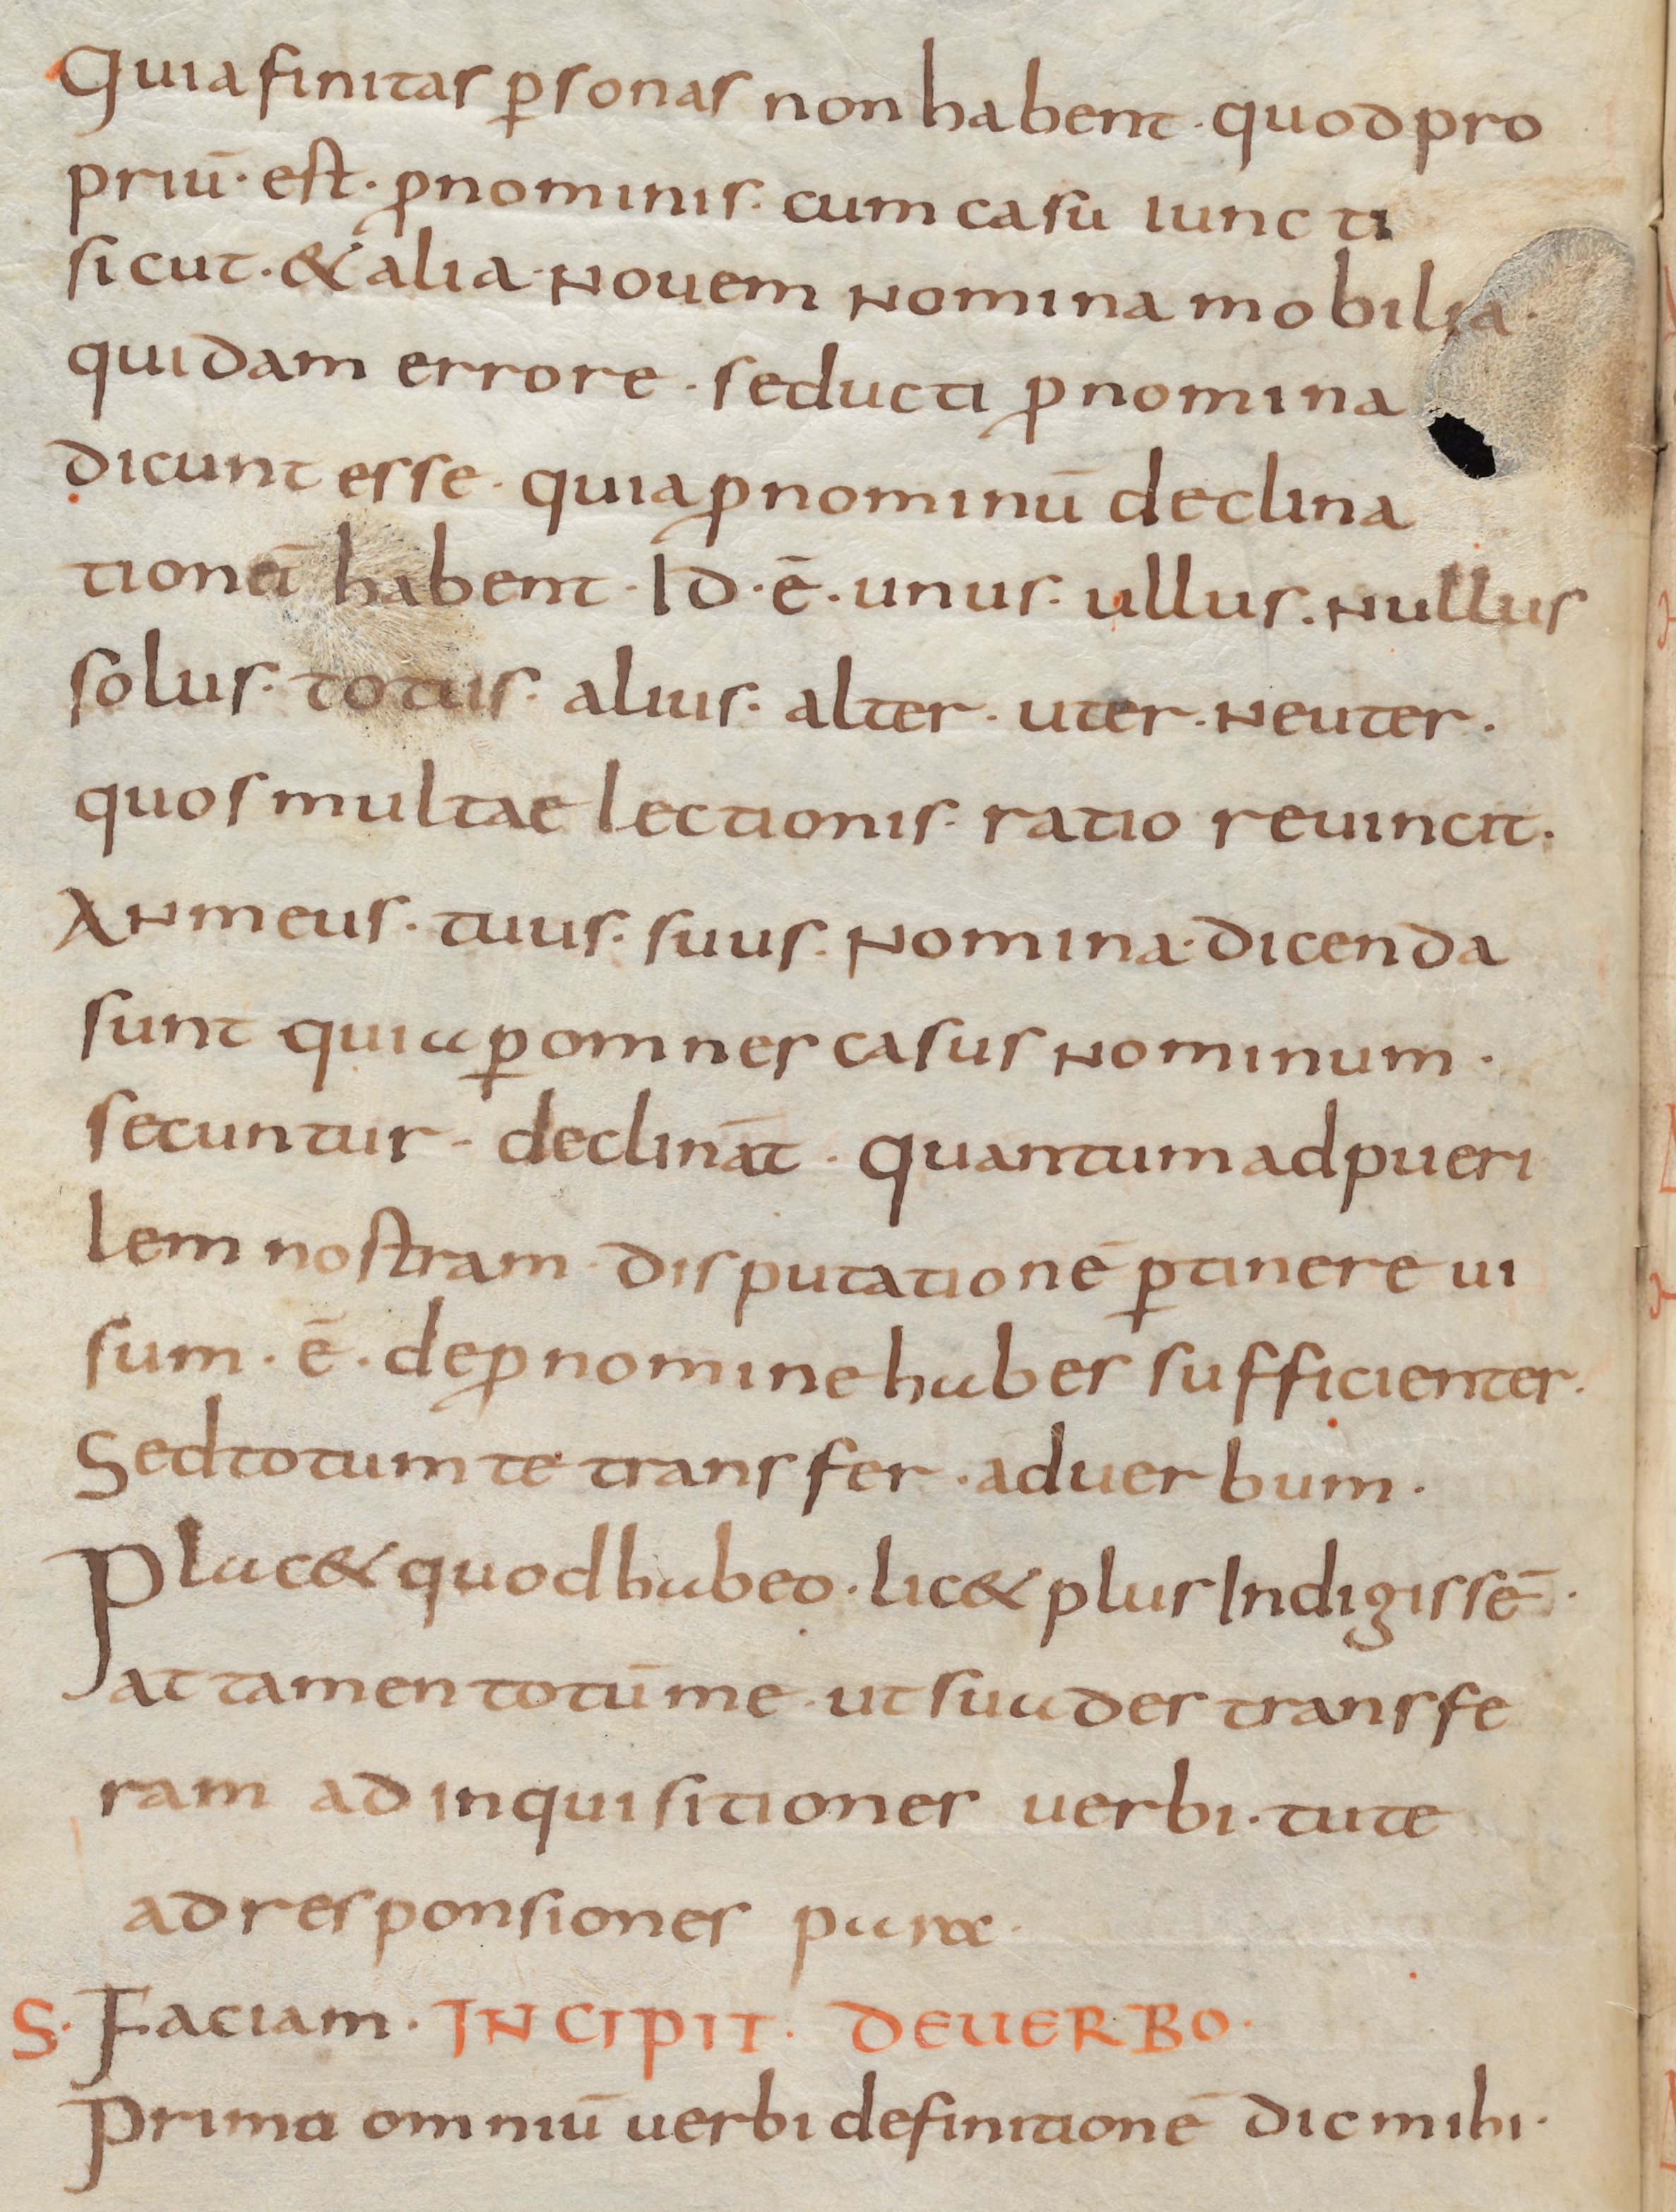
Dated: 800–899